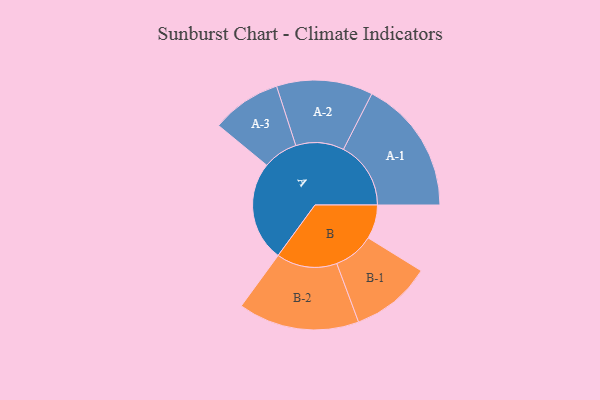
{"axis": {"x": "Segment", "y": "Value"}, "legend": ["", "A", "B"], "data": [{"x": "A", "y": 338, "type": ""}, {"x": "B", "y": 115, "type": ""}, {"x": "A-1", "y": 228, "type": "A"}, {"x": "A-2", "y": 163, "type": "A"}, {"x": "A-3", "y": 118, "type": "A"}, {"x": "B-1", "y": 137, "type": "B"}, {"x": "B-2", "y": 205, "type": "B"}]}